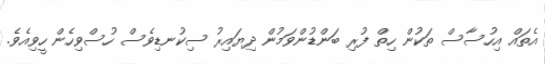
އެތައް އިހުސާސް ތަކުން ހިތް ފުރި ބަންޑުންވަމުން ދިޔައިރު ސިކުނޑިވެސް ހުސްވިހެން ހީވިއެވެ.